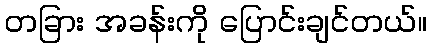
တခြား အခန်းကို ပြောင်းချင်တယ်။